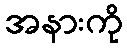
အနားကို